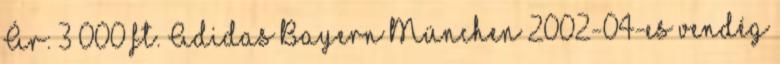
Ár: 3 000 ft. Adidas Bayern München 2002-04-es vendég